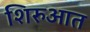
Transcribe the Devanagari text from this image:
शिरुआत